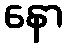
နော